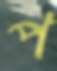
প